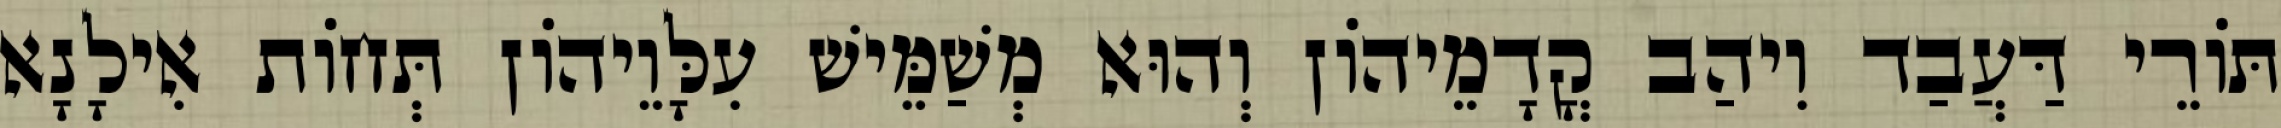
תּוֹרֵי דַּעֲבַד וִיהַב קֳדָמֵיהוֹן וְהוּא מְשַׁמֵּישׁ עִלָּוֵיהוֹן תְּחוֹת אִילָנָא